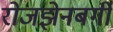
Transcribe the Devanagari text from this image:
रोजझेनबर्गी